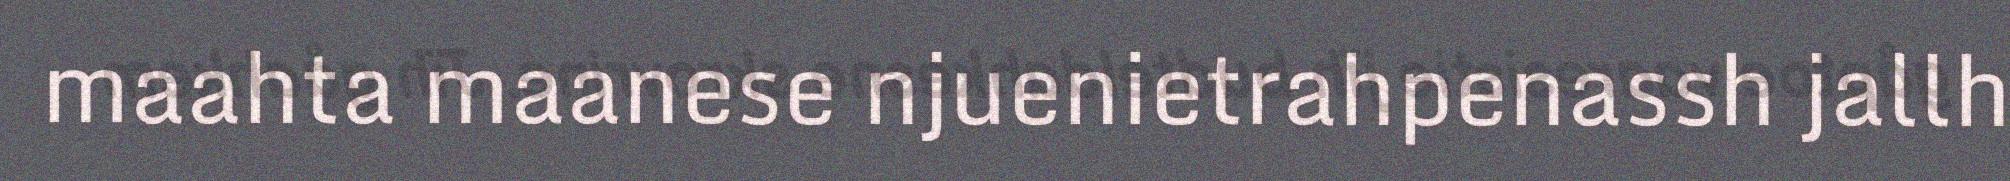
maahta maanese njuenietrahpenassh jallh